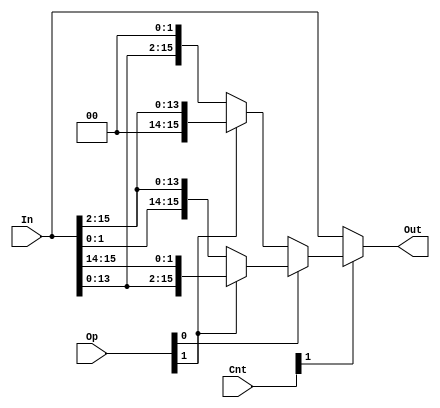
module shift_rotate_2(Out, In, Op, Cnt);

	input [15:0] In;
	input [3:0] Cnt;
	input [1:0] Op;
	
	output[15:0] Out;
	
	wire[15:0] op_res;
	
	assign op_res = Op[0] ? 
			//rotate left
			(Op[1] ? {In[13:0], In[15:14]} 
			///rotate right
			: {In[1:0], In[15:2]}) : 
			//shift right logical
			(Op[1] ? {{2{1'b0}}, In[15:2]} : 
			//shift left
			{In[13:0], {2{1'b0}}});
	
	assign Out = Cnt[1] ? op_res : In;

endmodule